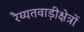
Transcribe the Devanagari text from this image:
रैय्यतवाड़ीक्षेत्रों